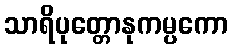
သာရိပုတ္တောနုကမ္ပကော